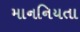
માનનિયતા